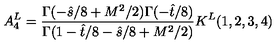
A _ { 4 } ^ { L } = { \frac { \Gamma ( - \hat { s } / 8 + M ^ { 2 } / 2 ) \Gamma ( - \hat { t } / 8 ) } { \Gamma ( 1 - \hat { t } / 8 - \hat { s } / 8 + M ^ { 2 } / 2 ) } } K ^ { L } ( 1 , 2 , 3 , 4 )